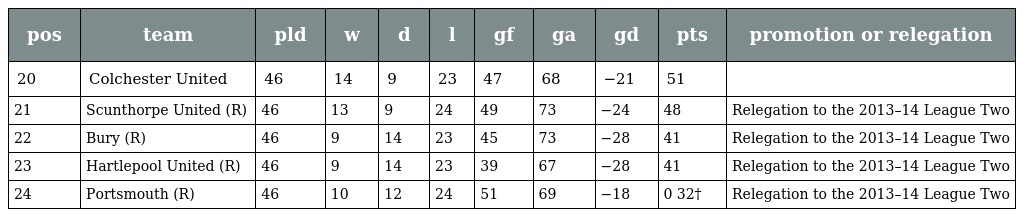
| pos | team | pld | w | d | l | gf | ga | gd | pts | promotion or relegation |
 | --- | --- | --- | --- | --- | --- | --- | --- | --- | --- | --- |
 | 20 | Colchester United | 46 | 14 | 9 | 23 | 47 | 68 | −21 | 51 |  |
 | 21 | Scunthorpe United (R) | 46 | 13 | 9 | 24 | 49 | 73 | −24 | 48 | Relegation to the 2013–14 League Two |
 | 22 | Bury (R) | 46 | 9 | 14 | 23 | 45 | 73 | −28 | 41 | Relegation to the 2013–14 League Two |
 | 23 | Hartlepool United (R) | 46 | 9 | 14 | 23 | 39 | 67 | −28 | 41 | Relegation to the 2013–14 League Two |
 | 24 | Portsmouth (R) | 46 | 10 | 12 | 24 | 51 | 69 | −18 | 0 32† | Relegation to the 2013–14 League Two |